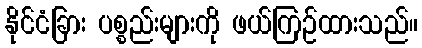
နိုင်ငံခြား ပစ္စည်းများကို ဖယ်ကြဉ်ထားသည်။